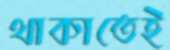
থাকাতেই